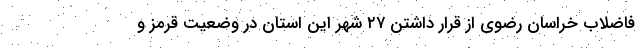
فاضلاب خراسان رضوی از قرار داشتن ۲۷ شهر این استان در وضعیت قرمز و